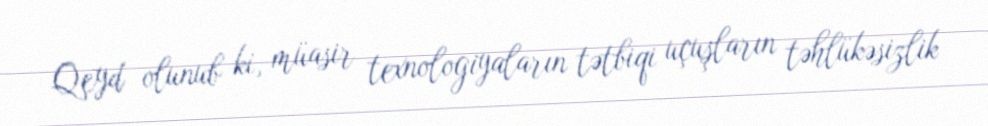
Qeyd olunub ki, müasir texnologiyaların tətbiqi uçuşların təhlükəsizlik